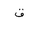
Letter: _qaf